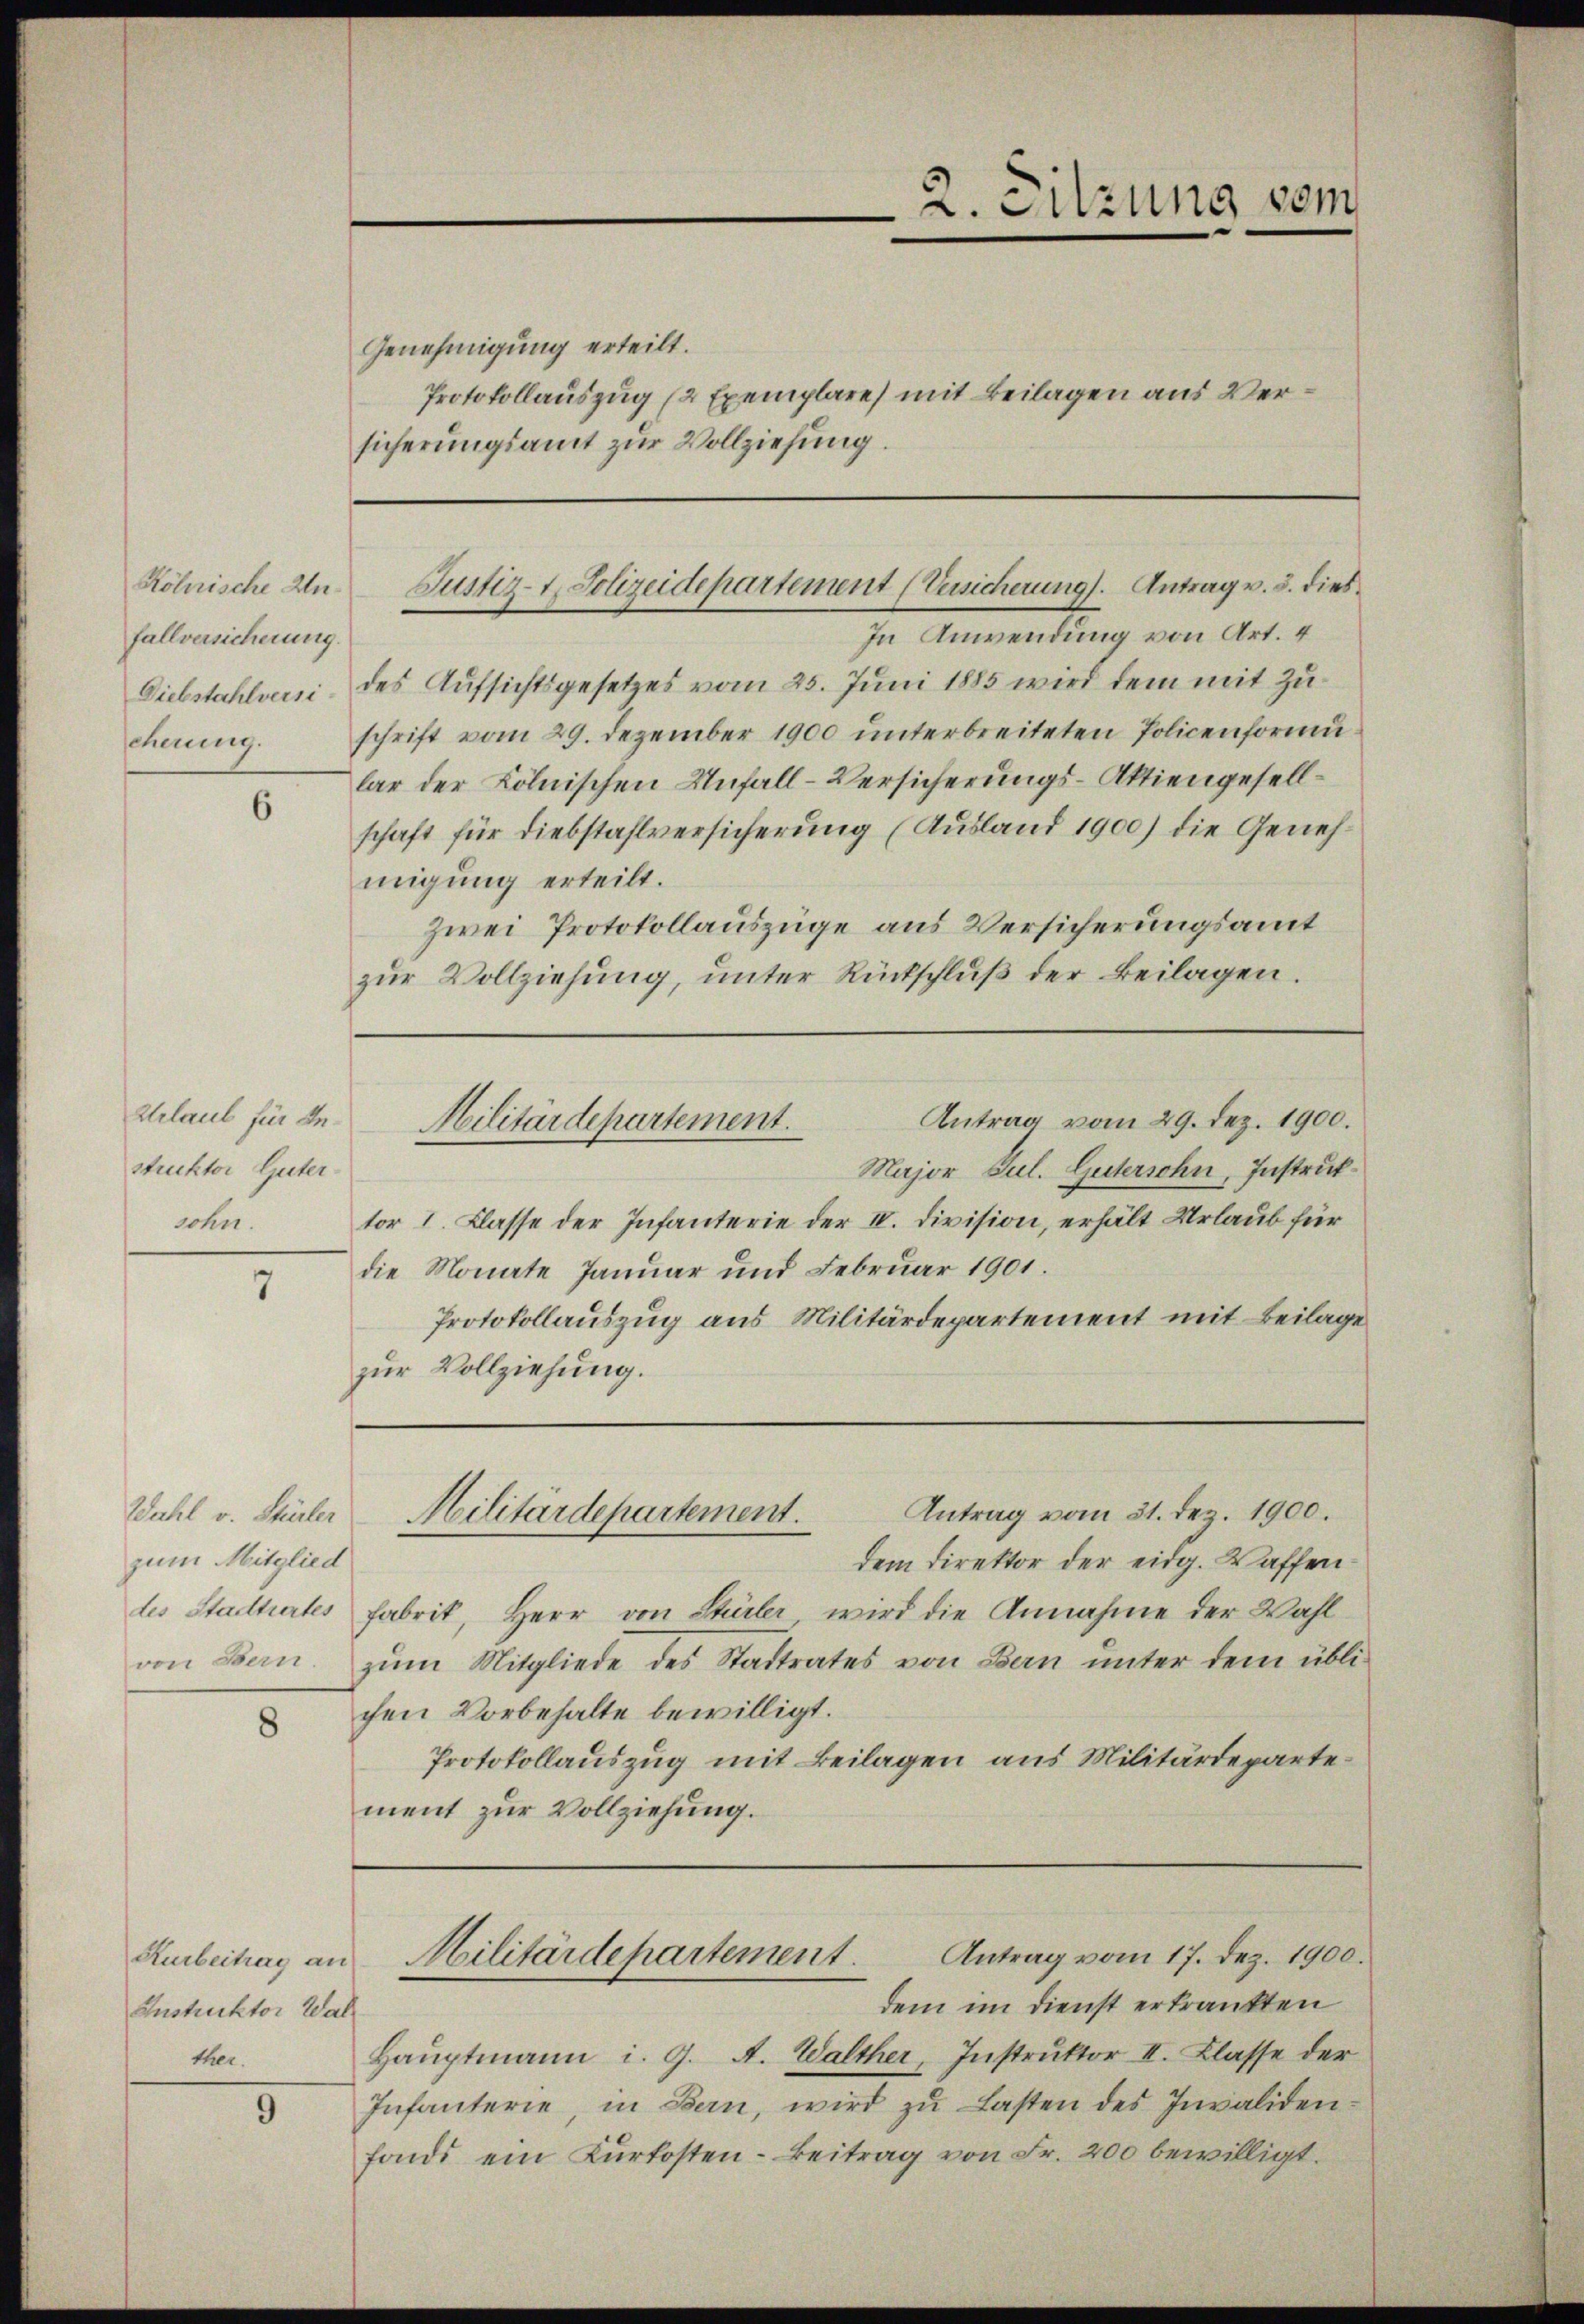
Röhnische Anfallversicherung.
Diebstahlversicherung.

6

Urlaub für Anstruktor Guter
sohn.

7

Wahl v. Stürler
zum Mitglied
des Stadtrates

5

Kurbeitrag an
Instrektor Wal
ther.

Genehmigung erteilt.
Protokollauszug (2 Exemplare) mit Beilagen aus Versicherungsamt zur Vollziehung.

2. Sitzung vom

In Anwendung von Art. 4
des Aufsichtsgesetzes vom 25. Juni 1885 wird dem mit Zuschrift vom 29. Dezember 1900 unterbreiteten Policenformular der Kölnischen Unfall-Versicherungs-Aktiengesellschaft für Diebstahlversicherung (Ausland 1900) die Genehmigung erteilt.
zwei Protokollauszüge aus Versicherungsamt
zŭr Vollziehŭng ŭnter Rückschlŭβ der Beilagen.

Justiz- & Polizeidepartement (Versicherung). Antrag v. 3. dies¬

Militärdepartement.

Antrag vom 31. Dez. 1900.
Militärdepartement.

Militärdepartement. Antrag vom 17. Dez. 1900.

Antrag vom 29. Dez. 1900.
Major Jul. Gütersohn, Instruk
tor 1. Klasse der Infanterie der IV. Division, erhält Urlaub für
die Monate Januar und Februar 1901.
Protokollauszug aus Militärdepartement mit Beilage
zur Vollziehung.

dem Direktor der eidg. Waffen¬
Fabrik, Herr von Stürler, wird die Annahme der Wahl
von Bern zum Mitgliede des Stadtrates von Bern unter dem üblichen Vorbehalte bewilligt.
Protokollauszug mit Beilagen aus Militärdepartement zur Vollziehung.

dem im Dienst erkrankten
Haŭptmann i. 9. A. Walther, Instruktor II. Klasse der
Infanterie, in Bern, wird zu Lasten des Invalidenfonde ein Kurkosten- Beitrag von Fr. 200 bewilligt.